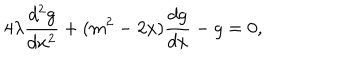
4 \lambda \frac { d ^ { 2 } g } { d x ^ { 2 } } + ( m ^ { 2 } - 2 x ) \frac { d g } { d x } - g = 0 ,